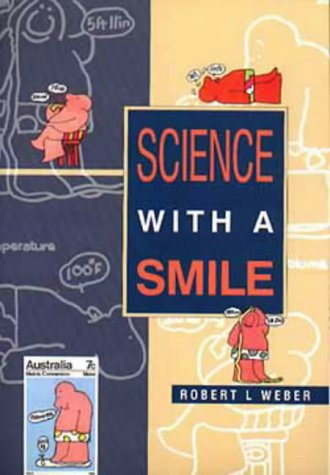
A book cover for Science with a Smile; Humor & Entertainment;